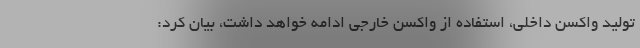
تولید واکسن داخلی، استفاده از واکسن خارجی ادامه خواهد داشت، بیان کرد: